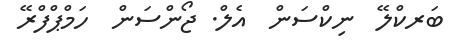
ބަރކްލޭ  ނިކްސަން  އެލް. ޖޯންސަން  ހަމްޕްފްރޭ